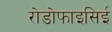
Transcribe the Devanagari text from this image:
रोडोफाइसिई